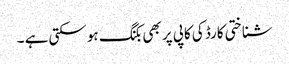
شناختی کارڈ کی کاپی پر بھی بکنگ ہو سکتی ہے ۔